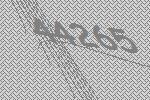
44265